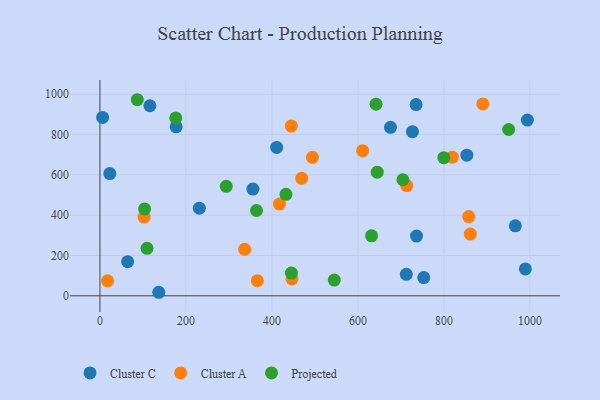
{"axis": {"x": "Speed", "y": "Rating"}, "legend": ["Cluster A", "Cluster C", "Projected"], "data": [{"x": "231.2", "y": 434.8, "type": "Cluster C"}, {"x": "853.3", "y": 697.8, "type": "Cluster C"}, {"x": "355.7", "y": 529.8, "type": "Cluster C"}, {"x": "989.4", "y": 133.4, "type": "Cluster C"}, {"x": "994.1", "y": 872.1, "type": "Cluster C"}, {"x": "735.3", "y": 948.6, "type": "Cluster C"}, {"x": "411.0", "y": 736.2, "type": "Cluster C"}, {"x": "177.2", "y": 838.3, "type": "Cluster C"}, {"x": "116.1", "y": 942.9, "type": "Cluster C"}, {"x": "712.5", "y": 106.6, "type": "Cluster C"}, {"x": "136.8", "y": 17.5, "type": "Cluster C"}, {"x": "753.1", "y": 90.5, "type": "Cluster C"}, {"x": "64.4", "y": 169.2, "type": "Cluster C"}, {"x": "736.3", "y": 296.6, "type": "Cluster C"}, {"x": "726.8", "y": 814.2, "type": "Cluster C"}, {"x": "6.2", "y": 885.1, "type": "Cluster C"}, {"x": "675.7", "y": 835.9, "type": "Cluster C"}, {"x": "966.1", "y": 347.4, "type": "Cluster C"}, {"x": "22.9", "y": 606.7, "type": "Cluster C"}, {"x": "102.6", "y": 390.8, "type": "Cluster A"}, {"x": "494.2", "y": 687.3, "type": "Cluster A"}, {"x": "336.5", "y": 230.6, "type": "Cluster A"}, {"x": "417.5", "y": 454.9, "type": "Cluster A"}, {"x": "611.0", "y": 719.9, "type": "Cluster A"}, {"x": "17.8", "y": 74.2, "type": "Cluster A"}, {"x": "819.5", "y": 687.6, "type": "Cluster A"}, {"x": "445.1", "y": 842.0, "type": "Cluster A"}, {"x": "469.2", "y": 582.9, "type": "Cluster A"}, {"x": "366.0", "y": 75.2, "type": "Cluster A"}, {"x": "713.6", "y": 546.8, "type": "Cluster A"}, {"x": "857.7", "y": 393.0, "type": "Cluster A"}, {"x": "890.6", "y": 952.3, "type": "Cluster A"}, {"x": "861.4", "y": 306.2, "type": "Cluster A"}, {"x": "446.6", "y": 84.2, "type": "Cluster A"}, {"x": "109.4", "y": 235.4, "type": "Projected"}, {"x": "103.8", "y": 431.3, "type": "Projected"}, {"x": "704.5", "y": 575.9, "type": "Projected"}, {"x": "544.9", "y": 77.8, "type": "Projected"}, {"x": "432.6", "y": 503.7, "type": "Projected"}, {"x": "445.2", "y": 112.9, "type": "Projected"}, {"x": "950.6", "y": 825.1, "type": "Projected"}, {"x": "364.1", "y": 423.3, "type": "Projected"}, {"x": "644.9", "y": 613.3, "type": "Projected"}, {"x": "86.9", "y": 972.9, "type": "Projected"}, {"x": "176.3", "y": 882.6, "type": "Projected"}, {"x": "642.1", "y": 950.9, "type": "Projected"}, {"x": "293.7", "y": 543.1, "type": "Projected"}, {"x": "799.8", "y": 685.5, "type": "Projected"}, {"x": "631.7", "y": 297.4, "type": "Projected"}]}